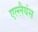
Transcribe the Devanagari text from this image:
एल्लैयंस